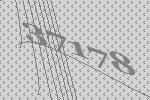
37178